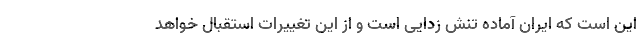
این است که ایران آماده تنش زدایی است و از این تغییرات استقبال خواهد